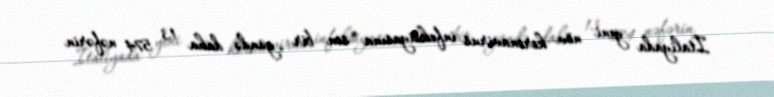
İtaliyada yeni növ koronavirus infeksiyasına son bir gündə daha 13 574 nəfərin